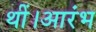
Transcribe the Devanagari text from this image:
थीं।आरंभ